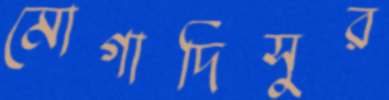
মোগাদিসুর